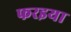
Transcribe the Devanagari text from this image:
फरइया